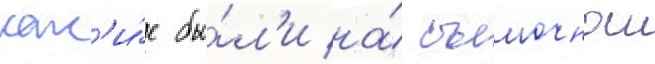
как'и́е бы́л'и на́ съемочнои